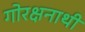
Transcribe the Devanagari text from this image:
गोरक्षनाथी